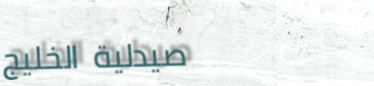
صيدلية الخليج